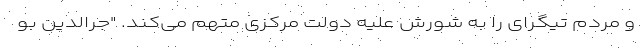
و مردم تیگرای را به شورش علیه دولت مرکزی متهم می‌کند. "جرالدین بو